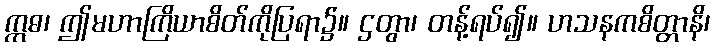
ဣဓ၊ ဤမဟာကြိယာစိတ်ကိုပြရာ၌။ ဌတွာ၊ တန့်ရပ်၍။ ဟသနကစိတ္တာနိ၊